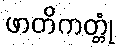
ဖာတိကတ္တုံ